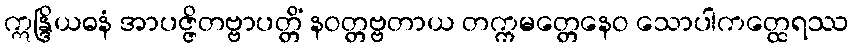
ဣန္ဒြိယဓနံ အာပဇ္ဇိတဗ္ဗာပတ္တိံ နဝတ္တဗ္ဗတာယ တက္ကမတ္တေနေဝ သောပါကတ္ထေရဿ